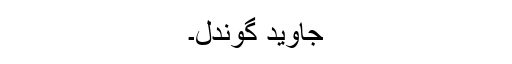
جاوید گوندل۔